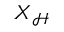
\ensuremath { \boldsymbol { X } } _ { \mathcal { H } }